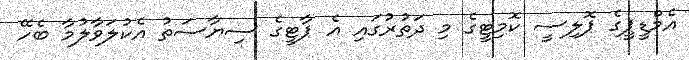
އެމްޑީޕީގެ ޕޮލިސީ ކޮމިޓީގެ މި ދަތުރުގައި އެ ޕާޓީގެ ސިޔާސަތު އެކުލަވާލުމާ ބެހޭ